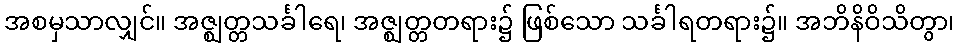
အစမှသာလျှင်။ အဇ္ဈတ္တသင်္ခါရေ၊ အဇ္ဈတ္တတရား၌ ဖြစ်သော သင်္ခါရတရား၌။ အဘိနိဝိသိတွာ၊